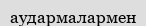
аудармалармен